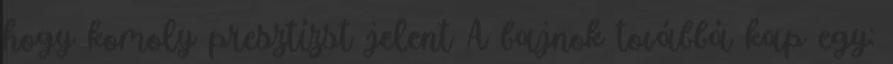
hogy komoly presztízst jelent A bajnok továbbá kap egy: